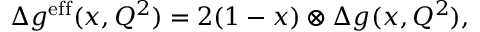
\Delta g ^ { \mathrm { e f f } } ( x , Q ^ { 2 } ) = 2 ( 1 - x ) \otimes \Delta g ( x , Q ^ { 2 } ) ,